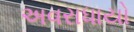
અવરાધાયો